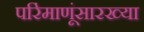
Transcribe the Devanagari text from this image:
परिंमाणूंसारख्या